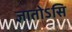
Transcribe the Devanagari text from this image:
ज्ञातोऽसि